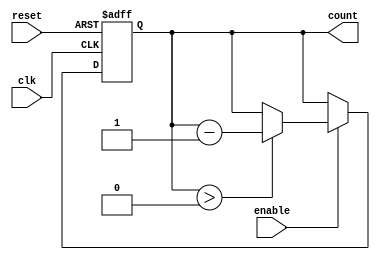
module binary_down_counter #(
    parameter N = 15 // Maximum count value (15 for a 4-bit counter)
) (
    input wire clk,       // Clock input
    input wire reset,     // Asynchronous reset input
    input wire enable,    // Enable input for counting
    output reg [3:0] count // 4-bit output for the count value
);

    // Initial value for the counter
    initial begin
        count = N; // Start counting from N
    end

    // Sequential logic for the counter
    always @(posedge clk or posedge reset) begin
        if (reset) begin
            count <= N; // Reset counter to N
        end else if (enable) begin
            if (count > 0) begin
                count <= count - 1; // Decrement the count
            end
        end
    end

endmodule